Distribution and causation of leprosy in British India
Year: 1875
Disease focus: Leprosy
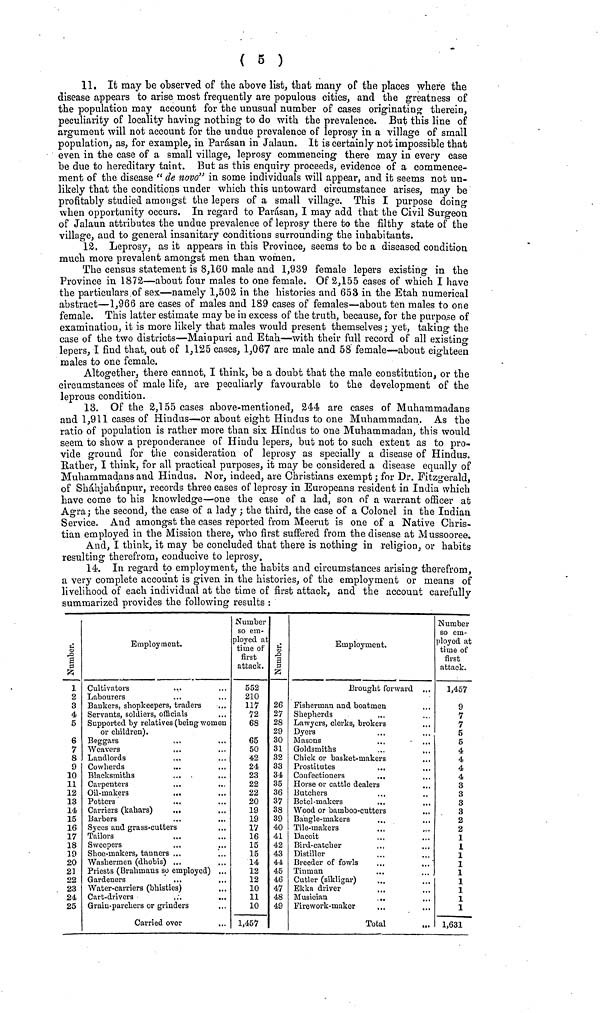
( 5 )
11. It may be observed of the above list, that many of the places where the
disease appears to arise most frequently are populous cities, and the greatness of
the population may account for the unusual number of cases originating therein,
peculiarity of locality having nothing to do with the prevalence. But this line of
argument will not account for the undue prevalence of leprosy in a village of small
population, as, for example, in Parásan in Jalaun. It is certainly not impossible that
even in the case of a small village, leprosy commencing there may in every case
be due to hereditary taint. But as this enquiry proceeds, evidence of a commence-
ment of the disease " de nova" in some individuals will appear, and it seems not un-
likely that the conditions under which this untoward circumstance arises, may be
profitably studied amongst the lepers of a small village. This I purpose doing
when opportunity occurs. In regard to Parásan, I may add that the Civil Surgeon
of Jalaun attributes the undue prevalence of leprosy there to the filthy state of the
village, and to general insanitary conditions surrounding the inhabitants.
12. Leprosy, as it appears in this Province, seems to be a diseased condition
much more prevalent amongst men than women.
The census statement is 8,160 male and 1,939 female lepers existing in the
Province in 1872—about four males to one female. Of 2,155 cases of which I have
the particulars of sex—namely 1,502 in the histories and 653 in the Etah numerical
abstract—1,966 are cases of males and 189 cases of females—about ten males to one
female. This latter estimate maybe in excess of the truth, because, for the purpose of
examination, it is more likely that males would present themselves ; yet, taking the
case of the two districts—Mainpuri and Etah—with their full record of all existing
lepers, I find that, out of 1,125 cases, 1,067 are male and 58 female—about eighteen
males to one female.
Altogether, there cannot, I think, be a doubt that the male constitution, or the
circumstances of male life, are peculiarly favourable to the development of the
leprous condition.
13. Of the 2,155 cases above-mentioned, 244 are cases of Muhammadans
and 1,911 cases of Hindus—or about eight Hindus to one Muhammadan. As the
ratio of population is rather more than six Hindus to one Muhammadan, this would
seem, to show a preponderance of Hindu lepers, but not to such extent as to pro-
vide ground for the consideration of leprosy as specially a disease of Hindus.
Rather, I think, for all practical purposes, it may be considered a disease equally of
Muhammadans and Hindus. Nor, indeed, are Christians exempt; for Dr. Fitzgerald,
of Sháhjahánpur, records three cases of leprosy in Europeans resident in India which
have come to his knowledge—one the case of a lad, son of a warrant officer at
Agra; the second, the case of a lady ; the third, the case of a Colonel in the Indian
Service. And amongst the cases reported from Meerut is one of a Native Chris-
tian employed in the Mission there, who first suffered from the disease at Mussooree.
And, I think, it may be concluded that there is nothing in religion, or habits
resulting therefrom, conducive to leprosy,
14. In regard to employment, the habits and circumstances arising therefrom,
a very complete account is given in the histories, of the employment or means of
livelihood of each individual at the time of first attack, and the account carefully
summarized provides the following results :
1
2
3
4
5
6
7
8
9
10
11
12
13
14
15
16
17
18
19
20
21
22
23
24
25
Cultivators
Labourers
Bankers, shopkeepers, traders
Servants, soldiers, officials
Supported by relatives (being women
or children).
Beggars
Weavers
Landlords
Cowherds
Blacksmiths
Carpenters
Oil- makers
.
Potters
Carriers (kahars)
.
Barbers
Syces and grass-cutters
Tailors
Sweepers
Shoe-makers, tanners .
Washermen (dhobis)
Priests (Brahmans so employed)
Gardeners
Water-carriers (bhisties)
Cart-drivers
Grain- par chers or grinders
Carried over
...
Number
so em-
ployed at
time of
first
attack.
552
210
117
72
68
65
50
42
24
23
22
22
20
19
19
IV
16
15
15
14
12
12
10
11
10
1,457
26
27
28
29
30
31
32
33
34
35
36
37
38
39
40
41
42
43
44,
45
46
47
48
49
Employment.
Brought forward ...
Fisherman and boatmen
Shepherds
Lawyers, clerks, brokers
Dyers
Masons
Goldsmiths
Chick or basket-makers
Prostitutes
Confectioners
...
Horse or cattle dealers
Butchers
Betel-makers
Wood or bamboo-cutters
Bangle-makers
Tile-makers
...
Dacoit
Bird-catcher
Distiller
Breeder of fowls
Tinman
Cutler (sikligar)
Ekka driver
Musician
Firework-maker
Total
Number
so em-
ployed at
time of
first
attack.
1,457
9
7
7
5
5
4
4
4
4
3
3
3
3
2
2
1
I
1
1
1
1
1
1
1
1,631